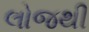
લોજથી